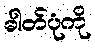
ဓါတ်ပုံကို